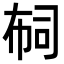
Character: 𢃊